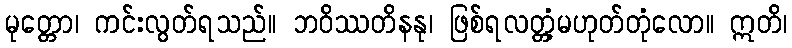
မုတ္တော၊ ကင်းလွတ်ရသည်။ ဘဝိဿတိနနု၊ ဖြစ်ရလတ္တံ့မဟုတ်တုံလော။ ဣတိ၊